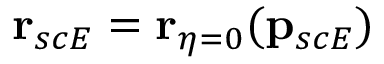
\mathbf { r } _ { s c E } = \mathbf { r } _ { \eta = 0 } ( \mathbf { p } _ { s c E } )